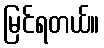
မြင်ရတယ်။